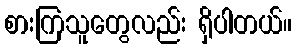
စားကြသူတွေလည်း ရှိပါတယ်။